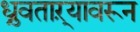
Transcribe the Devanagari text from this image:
ध्रुवताऱ्यावरून